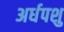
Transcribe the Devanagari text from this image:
अर्धपशु